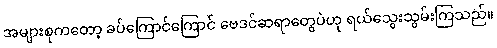
အများစုကတော့ ခပ်ကြောင်ကြောင် ဗေဒင်ဆရာတွေပဲဟု ရယ်သွေးသွမ်းကြသည်။